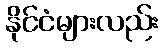
နိုင်ငံများလည်း